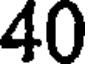
40